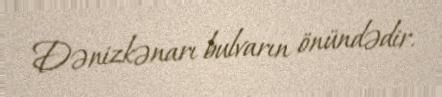
Dənizkənarı bulvarın önündədir.